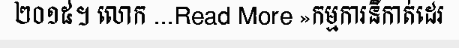
២០១៥។ លោក ...Read More »កម្មការនីកាត់ដេរ